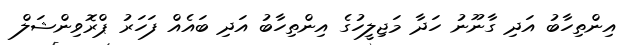
އިންތިހާބު އަދި ގާނޫނު ހަދާ މަޖިލީހުގެ އިންތިހާބު އަދި ބައެއް ފަހަރު ޕްރޮވިންޝަލް